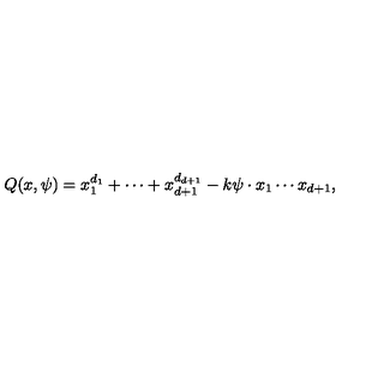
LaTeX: Q ( x , \psi ) = x _ { 1 } ^ { d _ { 1 } } + \cdots + x _ { d + 1 } ^ { d _ { d + 1 } } - k \psi \cdot x _ { 1 } \cdots x _ { d + 1 } ,